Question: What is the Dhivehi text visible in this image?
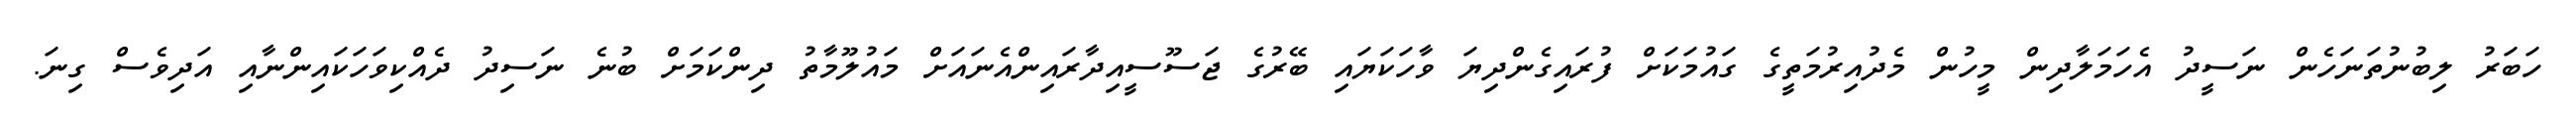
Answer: ހަބަރު ލިބުނުތަނަހެން ނަސީދު އެހަމަލާދިން މީހުން މެދުއިރުމަތީގެ ގައުމަކަށް ފުރައިގެންދިޔަ ވާހަކަޔައި ބޭރުގެ ޖަސޫސީއިދާރައިންއެނައަށް މައުލޫމާތު ދިންކަމަށް ބުނެ ނަސިދު ދެއްކިވަހަކައިންނާއި އަދިވެސް ގިނަ.